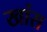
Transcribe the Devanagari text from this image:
खांस